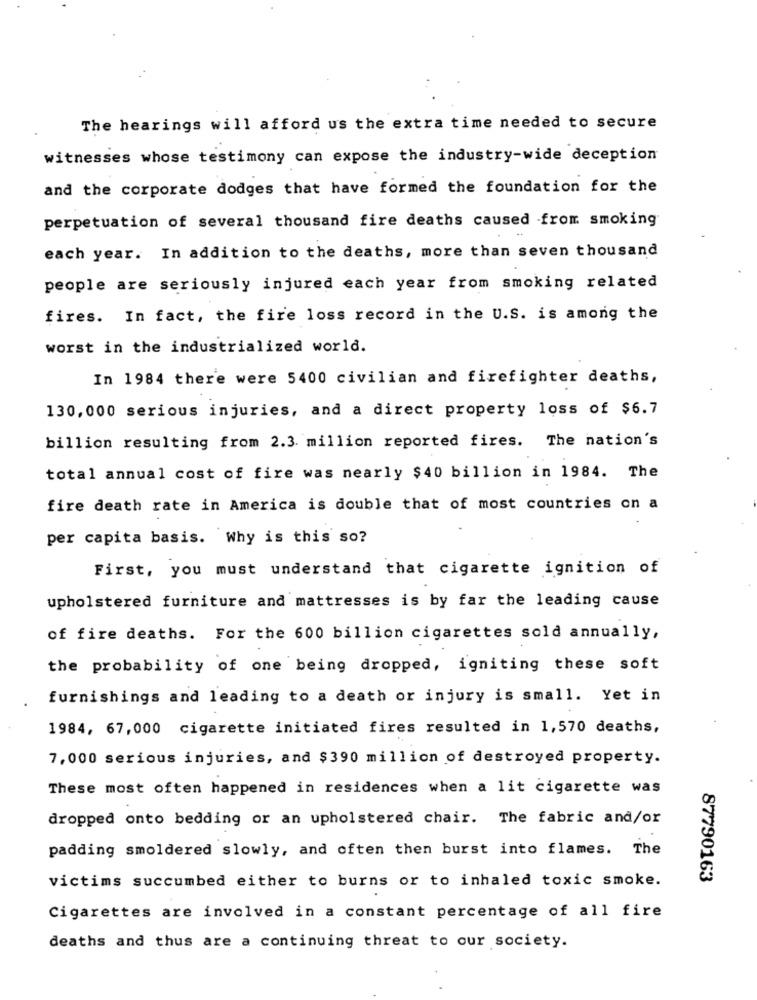
The hearings will afford us the extra time needed to secure
witnesses whose testimony can expose the industry-wide deception
and the corporate dodges that have formed the foundation for the
perpetuation of several thousand fire deaths caused -from smoking
each year. In addition to the deaths, more than seven thousand
people are seriously injured each year from smoking related
fires. In fact, the fire loss record in the U.S. is among the
worst in the industrialized world.
In 1984 there were 5400 civilian and firefighter deaths,
130,000 serious injuries, and a direct property loss of $6.7
billion resulting from 2.3. million reported fires. The nation's
total annual cost of fire was nearly $40 billion in 1984. The
fire death rate in America is double that of most countries on a
per capita basis. Why is this so?
First, you must understand that cigarette ignition of
upholstered furniture and mattresses is by far the leading cause
of fire deaths. For the 600 billion cigarettes sold annually,
the probability of one being dropped, igniting these soft
furnishings and leading to a death or injury is small. Yet in
1984, 67,000 cigarette initiated fires resulted in 1,570 deaths,
7,000 serious injuries, and $390 million of destroyed property.
These most often happened in residences when a lit cigarette was
dropped onto bedding or an upholstered chair. The fabric and/or
padding smoldered slowly, and often then burst into flames. The
victims succumbed either to burns or to inhaled toxic smoke.
87790163
Cigarettes are involved in a constant percentage of all fire
deaths and thus are a continuing threat to our society.